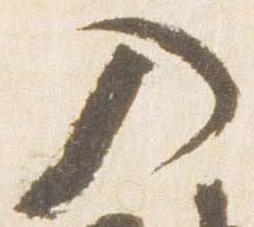
入